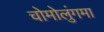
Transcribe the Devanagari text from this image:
चोमोलुंगमा